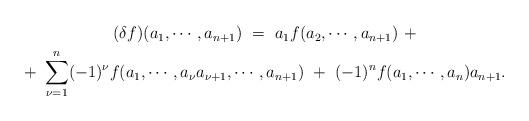
LaTeX: \begin{align*} \begin{gathered} (\delta f)(a_1, \cdots, a_{n+1}) \,\,=\,\, a_1 f(a_2, \cdots, a_{n+1}) \,\, + \\ +\,\, \sum_{\nu=1}^n (-1)^\nu f(a_1, \cdots, a_\nu a_{\nu+1}, \cdots, a_{n+1}) \,\,+ \,\, (-1)^n f(a_1, \cdots, a_n) a_{n+1}. \end{gathered} \end{align*}